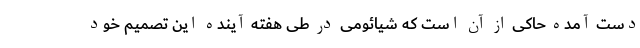
دست آمده حاکی از آن است که شیائومی در طی هفته آینده این تصمیم خود